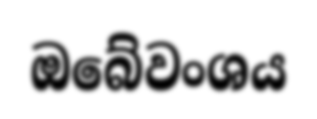
ඔබේවංශය